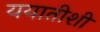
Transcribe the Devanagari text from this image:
ययातीशी